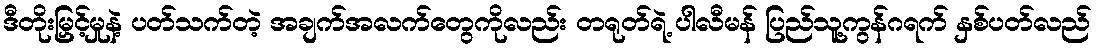
ဒီတိုးမြှင့်မှုနဲ့ ပတ်သက်တဲ့ အချက်အလက်တွေကိုလည်း တရုတ်ရဲ့ ပါလီမန် ပြည်သူ့ကွန်ဂရက် နှစ်ပတ်လည်